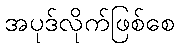
အပုဒ်လိုက်ဖြစ်စေ